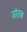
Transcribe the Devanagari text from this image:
जांतब